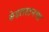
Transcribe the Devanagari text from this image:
केडलस्टनचा